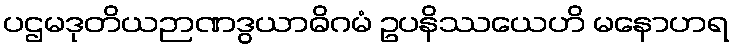
ပဌမဒုတိယဉာဏဒွယာဓိဂမံ ဥပနိဿယေဟိ မနောဟရ